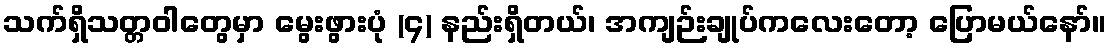
သက်ရှိသတ္တဝါတွေမှာ မွေးဖွားပုံ (၄) နည်းရှိတယ်၊ အကျဉ်းချုပ်ကလေးတော့ ပြောမယ်နော်။